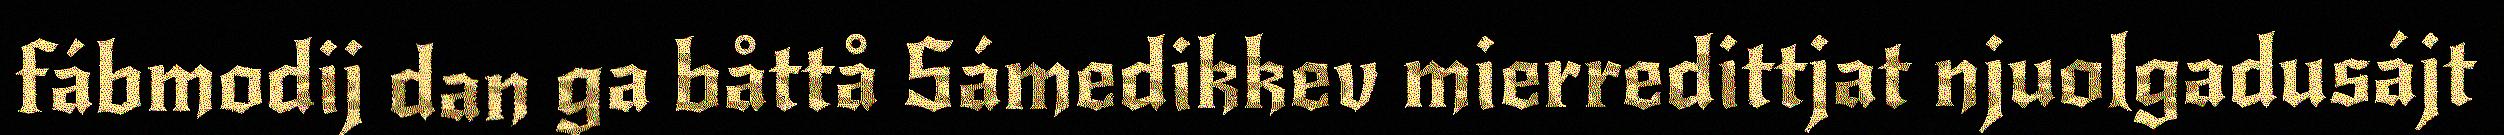
fábmodij dan ga båttå Sámedikkev mierredittjat njuolgadusájt